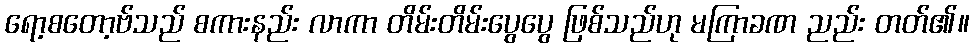
ရော့စတော့ဗ်သည် စကားနည်း လာကာ တိမ်းတိမ်းပွေပွေ ဖြစ်သည်ဟု မကြာခဏ ညည်း တတ်၏။